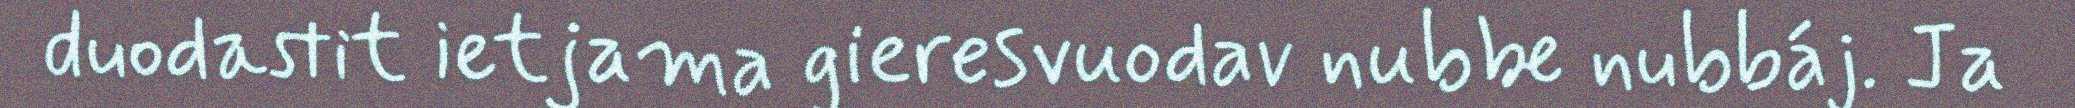
duodastit ietjama gieresvuodav nubbe nubbáj. Ja